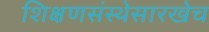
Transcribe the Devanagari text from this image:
शिक्षणसंस्थेसारखेच